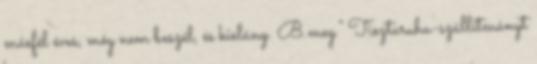
másfél éves, még nem beszél, és kislány. B.meg." Tisztaruha-szállítmányt